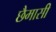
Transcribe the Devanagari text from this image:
छैमासी